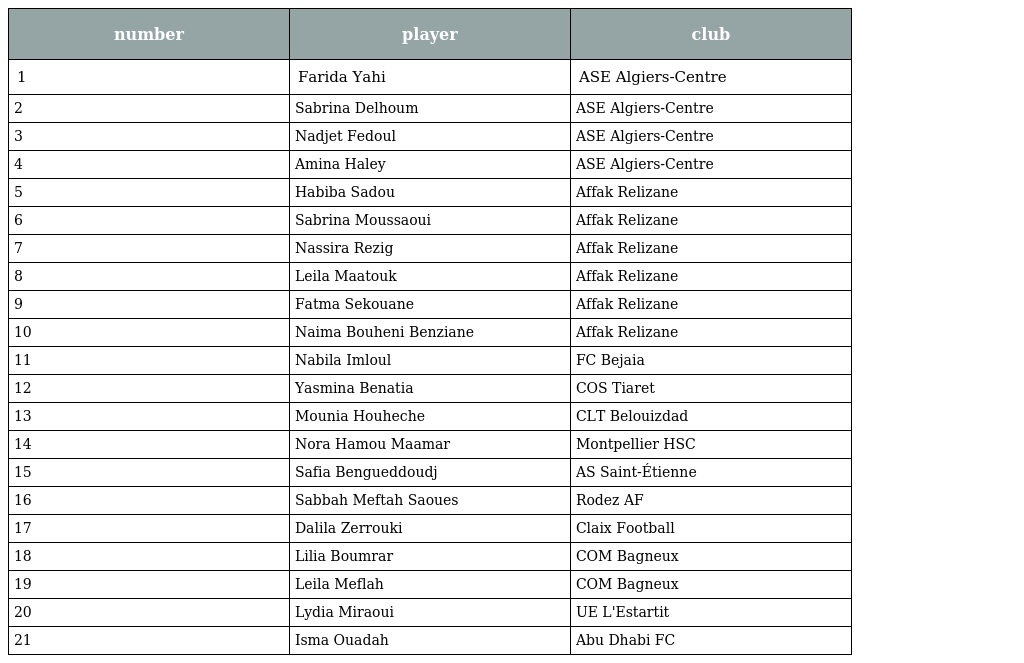
| number | player | club |
 | --- | --- | --- |
 | 1 | Farida Yahi | ASE Algiers-Centre |
 | 2 | Sabrina Delhoum | ASE Algiers-Centre |
 | 3 | Nadjet Fedoul | ASE Algiers-Centre |
 | 4 | Amina Haley | ASE Algiers-Centre |
 | 5 | Habiba Sadou | Affak Relizane |
 | 6 | Sabrina Moussaoui | Affak Relizane |
 | 7 | Nassira Rezig | Affak Relizane |
 | 8 | Leila Maatouk | Affak Relizane |
 | 9 | Fatma Sekouane | Affak Relizane |
 | 10 | Naima Bouheni Benziane | Affak Relizane |
 | 11 | Nabila Imloul | FC Bejaia |
 | 12 | Yasmina Benatia | COS Tiaret |
 | 13 | Mounia Houheche | CLT Belouizdad |
 | 14 | Nora Hamou Maamar | Montpellier HSC |
 | 15 | Safia Bengueddoudj | AS Saint-Étienne |
 | 16 | Sabbah Meftah Saoues | Rodez AF |
 | 17 | Dalila Zerrouki | Claix Football |
 | 18 | Lilia Boumrar | COM Bagneux |
 | 19 | Leila Meflah | COM Bagneux |
 | 20 | Lydia Miraoui | UE L'Estartit |
 | 21 | Isma Ouadah | Abu Dhabi FC |